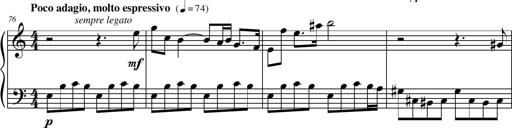
Title: Petite Sonatine
Composer: Richard St. Clair